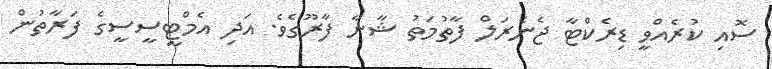
ސޮއި ކުރެއްވީ ޑިރެކްޓާ ޖެނެރަލް ފާތުމަތު ޝާނާ ފާރޫގެވެ. އަދި އެމްޓީސީސީގެ ފަރާތުން